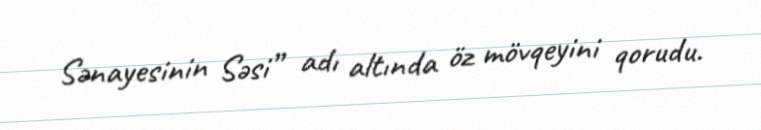
Sənayesinin Səsi” adı altında öz mövqeyini qorudu.